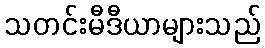
သတင်းမီဒီယာများသည်